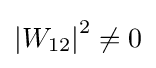
\left\vert W_{12}\right\vert ^{2}\neq 0